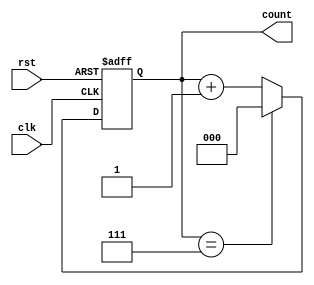
module up_counter_moore (
    input wire clk,    // Clock input
    input wire rst,    // Asynchronous reset
    output reg [2:0] count // 3-bit output for the current count value
);

// State encoding
localparam MAX_COUNT = 3'b111; // Maximum count value (7 for 3-bit counter)

// Sequential logic for state transitions
always @(posedge clk or posedge rst) begin
    if (rst) begin
        count <= 3'b000; // Reset state to 0
    end else begin
        if (count == MAX_COUNT) begin
            count <= 3'b000; // Wrap around when reaching maximum
        end else begin
            count <= count + 1; // Increment count
        end
    end
end

endmodule